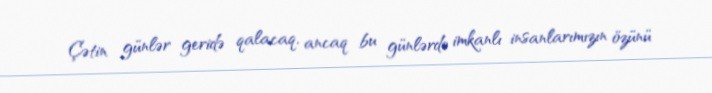
Çətin günlər geridə qalacaq, ancaq bu günlərdə imkanlı insanlarımızın özünü